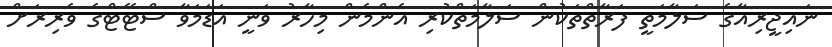
ނައިޖީރިއާގެ ސަލާމަތީ ފަރާތްތަކުން ސަލާމަތްކުރި އެންމެން މިހާރު ވަނީ އަޑަމަވާ ސްޓޭޓްގެ ވެރިރަށް